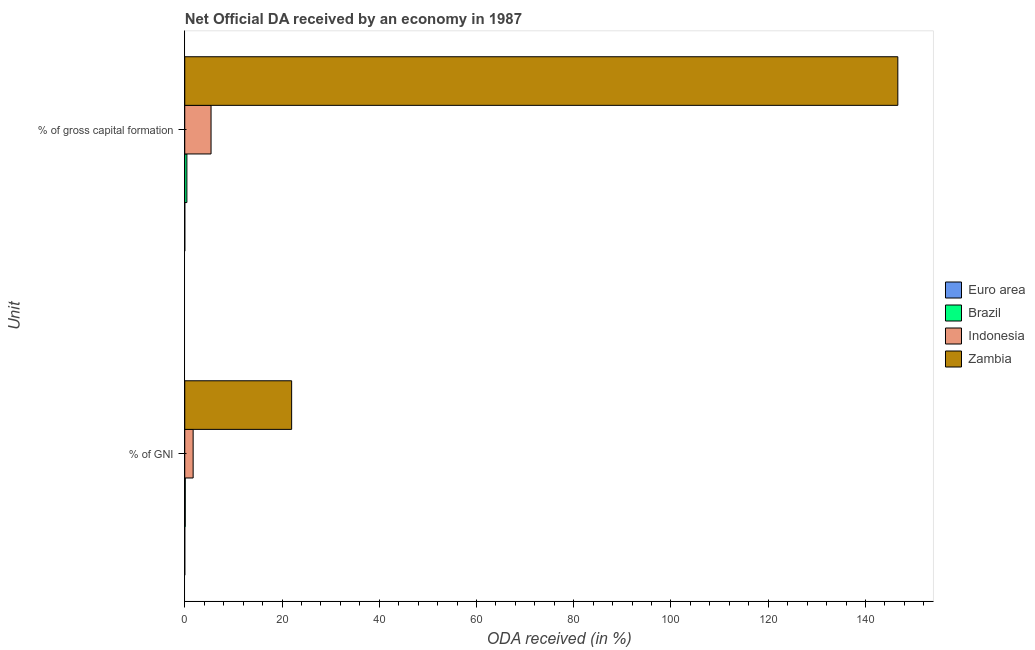
| Unit | Euro area | Brazil | Indonesia | Zambia |
 | --- | --- | --- | --- | --- |
 | % of GNI | 0.000955 | 0.102 | 1.72 | 22 |
 | % of gross capital formation | 0.00429 | 0.439 | 5.41 | 147 |